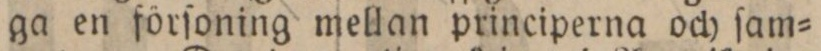
ga en förſoning mellan principerna och ſam=